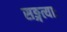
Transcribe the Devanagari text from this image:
सङ्गत्याः